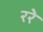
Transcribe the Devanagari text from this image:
ररे